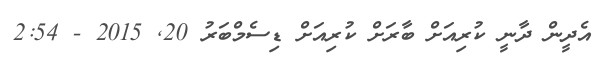
އެދީން ދާނީ ކުރިއަށް ބާރަށް ކުރިއަށް ޑިސެމްބަރު 20